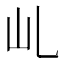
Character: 乢